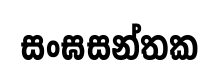
සංඝසන්තක